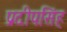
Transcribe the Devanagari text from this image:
प्रदीपसिंह